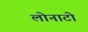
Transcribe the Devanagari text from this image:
लोनाटो